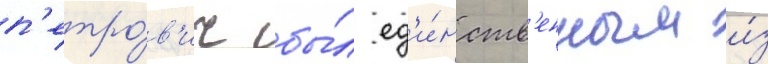
п'етро́в'ич бы́л ед'и́нств'енным и́з